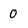
Character: 0